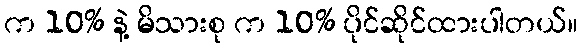
က 10% နဲ့ မိသားစု က 10% ပိုင်ဆိုင်ထားပါတယ်။